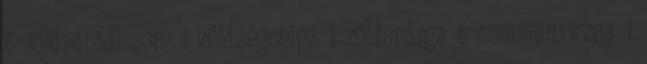
7 zöldparadicsom 1 zöldségchips 1 zöldspárga 6 zsemlemorzsa 1